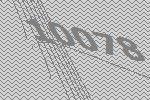
10078